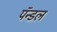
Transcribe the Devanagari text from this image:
पॅन्डल